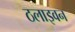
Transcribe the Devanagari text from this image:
ठलाइवन